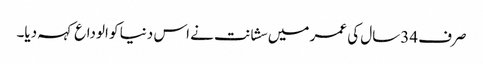
صرف 34سال کی عمر میں سشانت نے اس دنیا کو الوداع کہہ دیا۔